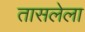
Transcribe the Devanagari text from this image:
तासलेला